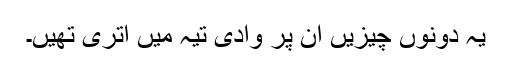
یہ دونوں چیزیں ان پر وادی تیہ میں اتری تھیں۔